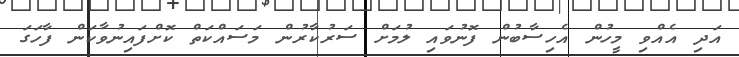
އަދި އެއްވި މީހުން އެހިސާބުން ފޮނުވައި ލުމަށް ސަރުކާރުން މަސައްކަތް ކޮށްފައިނުވާކަން ފާހަގަ